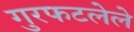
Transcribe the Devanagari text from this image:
गुरफटलेले